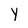
Character: Y